system: You are a helpful assistant.
user:
Analyze the provided spectrum to determine if it is a **"Cataclysmic Variables (CV)"**.

- **Key Indicators for CV (Check for either state):**
    - **State 1: Quiescent / Low-State (Emission-Dominated)**
        - **(Primary):** Strong and *very broad* Hydrogen Balmer emission lines (e.g., $H\alpha$ at 6563 Å, $H\beta$ at 4861 Å). The 'broadness' (high velocity dispersion, often FWHM > 1000 km/s) is the key diagnostic, indicating a high-velocity accretion disk.
        - **(Secondary):** Broad neutral Helium (He I) emission lines (e.g., 5876 Å, 6678 Å).
        - **(Key Confirmation):** Presence of high-excitation *ionized* Helium (He II) emission at 4686 Å. This is a strong indicator of accretion onto a white dwarf.
        - **(Line Profile):** Emission lines may exhibit a 'double-peaked' profile, which is a classic signature of a rotating accretion disk viewed at high inclination.

    - **State 2: Outburst / High-State (Absorption-Dominated)**
        - **(Primary):** Spectrum is dominated by a bright, blue continuum (looks like a hot star).
        - **(Secondary):** The emission lines from State 1 are weak, absent, or 'filled in', and are replaced by broad, shallow *absorption* lines (primarily Balmer and He I).
        - **(Morphology):** The overall spectrum mimics a hot B/A-type star. The crucial difference is that the absorption lines are significantly broader, shallower, and more 'washed-out' (or 'smeared') than the sharp lines of a normal stellar photosphere, due to high rotational speeds and pressure broadening in the disk.

Think first, call **spectral_visualization_tool** if needed to examine features in detail, then provide your final answer. Your response must adhere to the following strict rules:
1.  **Overall Structure:** Your response must follow the format `<think>...</think> <tool_call>...</tool_call> (if a tool is used) <answer>...</answer>`.
2.  **Tool Usage Constraint:** You may only make **one** tool call per turn.
3.  **Final Answer Format:** In the `<answer>` tag, your conclusion must be inside a `\boxed{}` command (e.g., `\boxed{YES}`), followed by your justification.

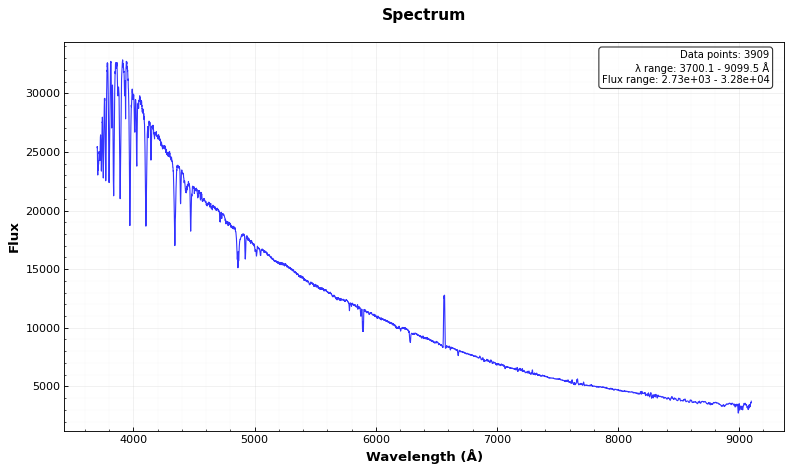
Answer: NO